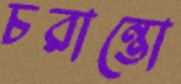
চরান্তো